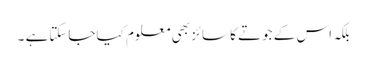
بلکہ اس کے جوتے کا سائز بھی معلوم کیاجاسکتاہے ۔